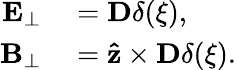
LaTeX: \begin{array}{rl}{\mathbf{E}_{\perp}}&{{}=\mathbf{D}\delta(\xi),}\\ {\mathbf{B}_{\perp}}&{{}=\mathbf{\hat{z}}\times\mathbf{D}\delta(\xi).}\end{array}